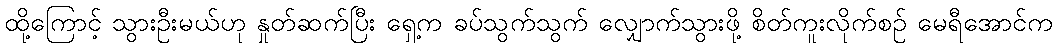
ထို့ကြောင့် သွားဦးမယ်ဟု နှုတ်ဆက်ပြီး ရှေ့က ခပ်သွက်သွက် လျှောက်သွားဖို့ စိတ်ကူးလိုက်စဉ် မေရီအောင်က